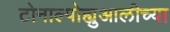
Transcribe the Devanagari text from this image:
टोनाल्पोह्युआलीच्या